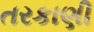
તરકાણી